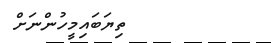
ތިޔަބައިމީހުންނަށް